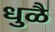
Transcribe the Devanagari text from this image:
धुळै